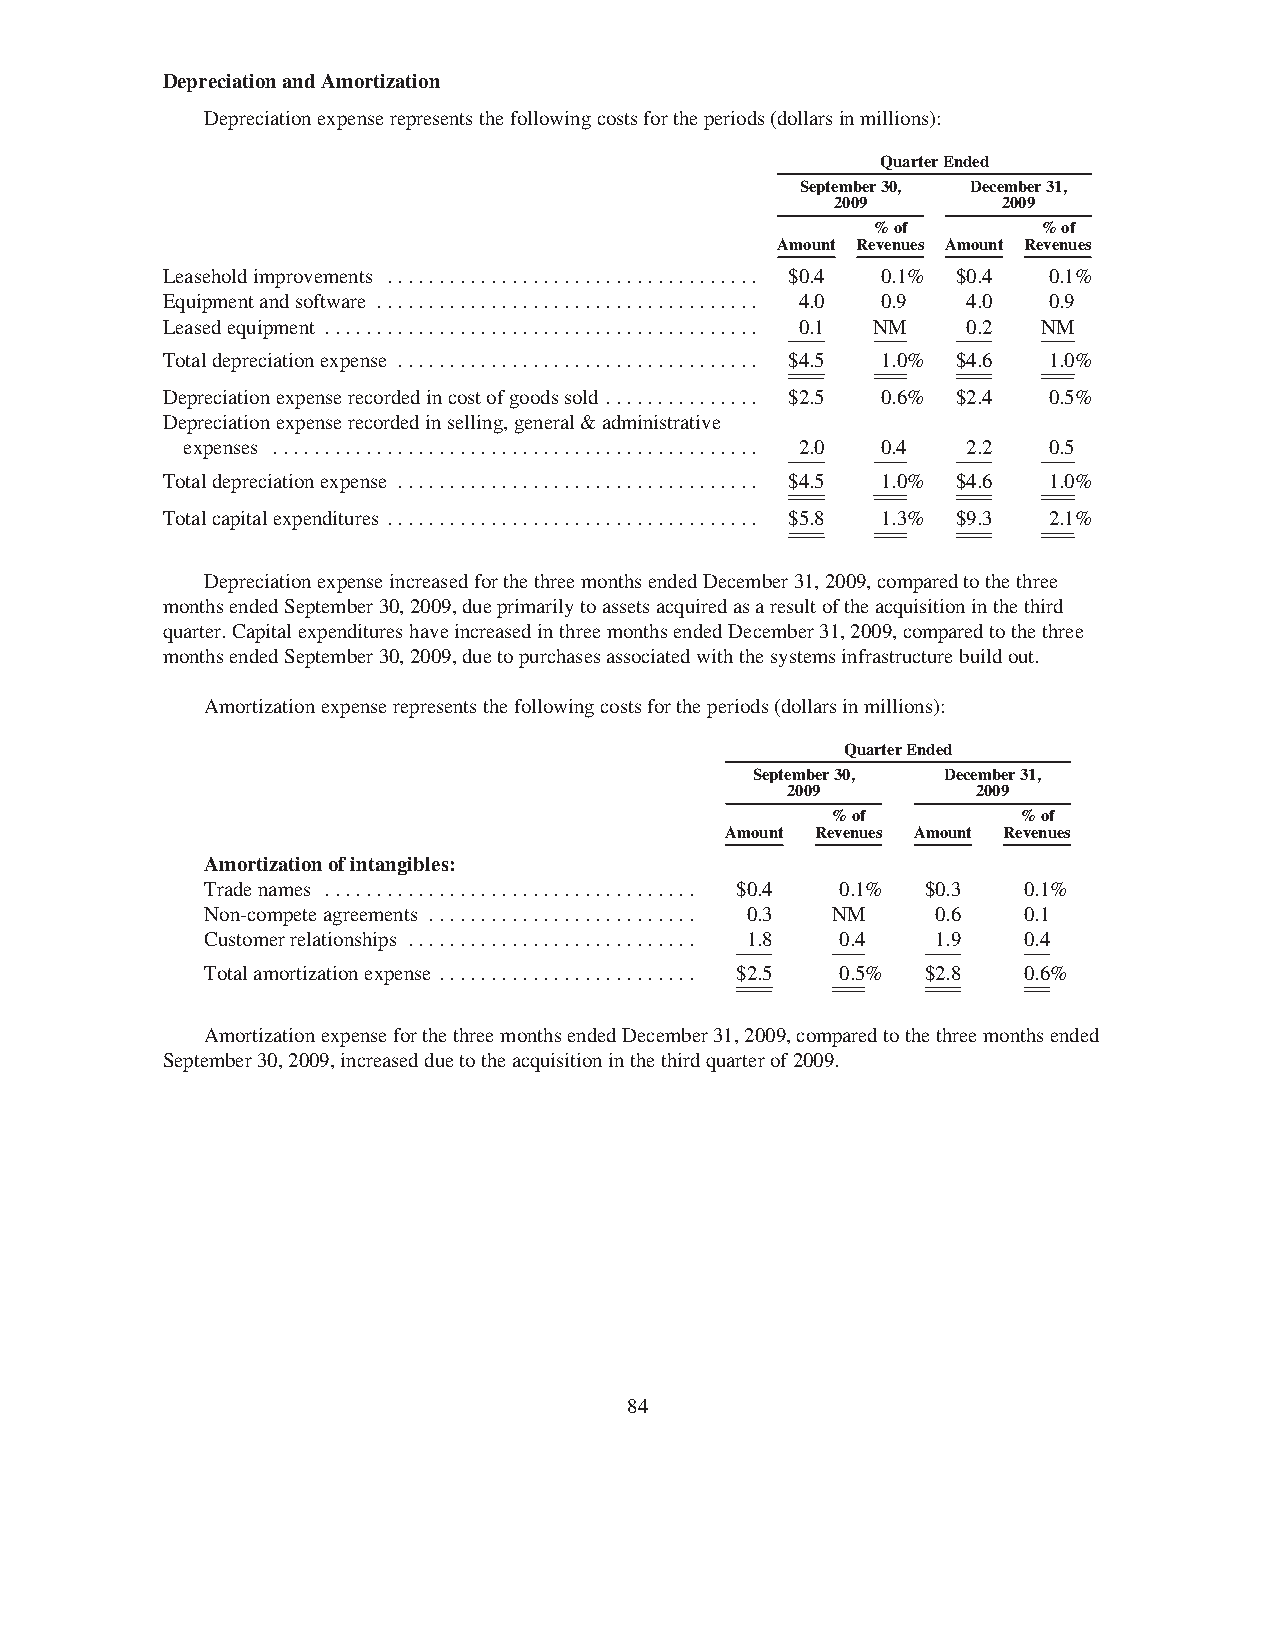
DepreciationandAmortization
 Depreciationexpenserepresentsthefollowingcostsfortheperiods(dollarsinmillions):
 QuarterEnded
 September30, December31,
 2009       2009
 %of        %of
 Amount Revenues Amount Revenues
 Leaseholdimprovements .................................... $0.4 0.1% $0.4 0.1%
 Equipmentandsoftware ..................................... 4.0 0.9 4.0 0.9
 Leasedequipment .......................................... 0.1 NM 0.2 NM
 Totaldepreciationexpense ................................... $4.5 1.0% $4.6 1.0%
 Depreciationexpenserecordedincostofgoodssold ............... $2.5 0.6% $2.4 0.5%
 Depreciationexpenserecordedinselling,general&administrative
 expenses ............................................... 2.0 0.4 2.2 0.5
 Totaldepreciationexpense ................................... $4.5 1.0% $4.6 1.0%
 Totalcapitalexpenditures .................................... $5.8 1.3% $9.3 2.1%
 DepreciationexpenseincreasedforthethreemonthsendedDecember31,2009,comparedtothethree
 monthsendedSeptember30,2009,dueprimarilytoassetsacquiredasaresultoftheacquisitioninthethird
 quarter.CapitalexpenditureshaveincreasedinthreemonthsendedDecember31,2009,comparedtothethree
 monthsendedSeptember30,2009,duetopurchasesassociatedwiththesystemsinfrastructurebuildout.
 Amortizationexpenserepresentsthefollowingcostsfortheperiods(dollarsinmillions):
 QuarterEnded
 September30, December31,
 2009         2009
 %of          %of
 Amount Revenues Amount Revenues
 Amortizationofintangibles:
 Tradenames .................................... $0.4 0.1% $0.3 0.1%
 Non-competeagreements .......................... 0.3 NM 0.6 0.1
 Customerrelationships ............................ 1.8 0.4 1.9 0.4
 Totalamortizationexpense ......................... $2.5 0.5% $2.8 0.6%
 AmortizationexpenseforthethreemonthsendedDecember31,2009,comparedtothethreemonthsended
 September30,2009,increasedduetotheacquisitioninthethirdquarterof2009.
 84